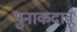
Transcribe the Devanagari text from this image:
थुनाकदावू